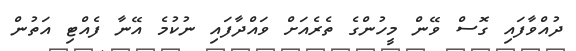
ދުއްވާފައި ގޮސް ވޭން މީހުންގެ ތެރެއަށް ވައްދާފައި ނުކުމެ އޭނާ ފެއްޓި އަތުން